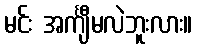
မင်း အင်္ကျီမလဲဘူးလား။